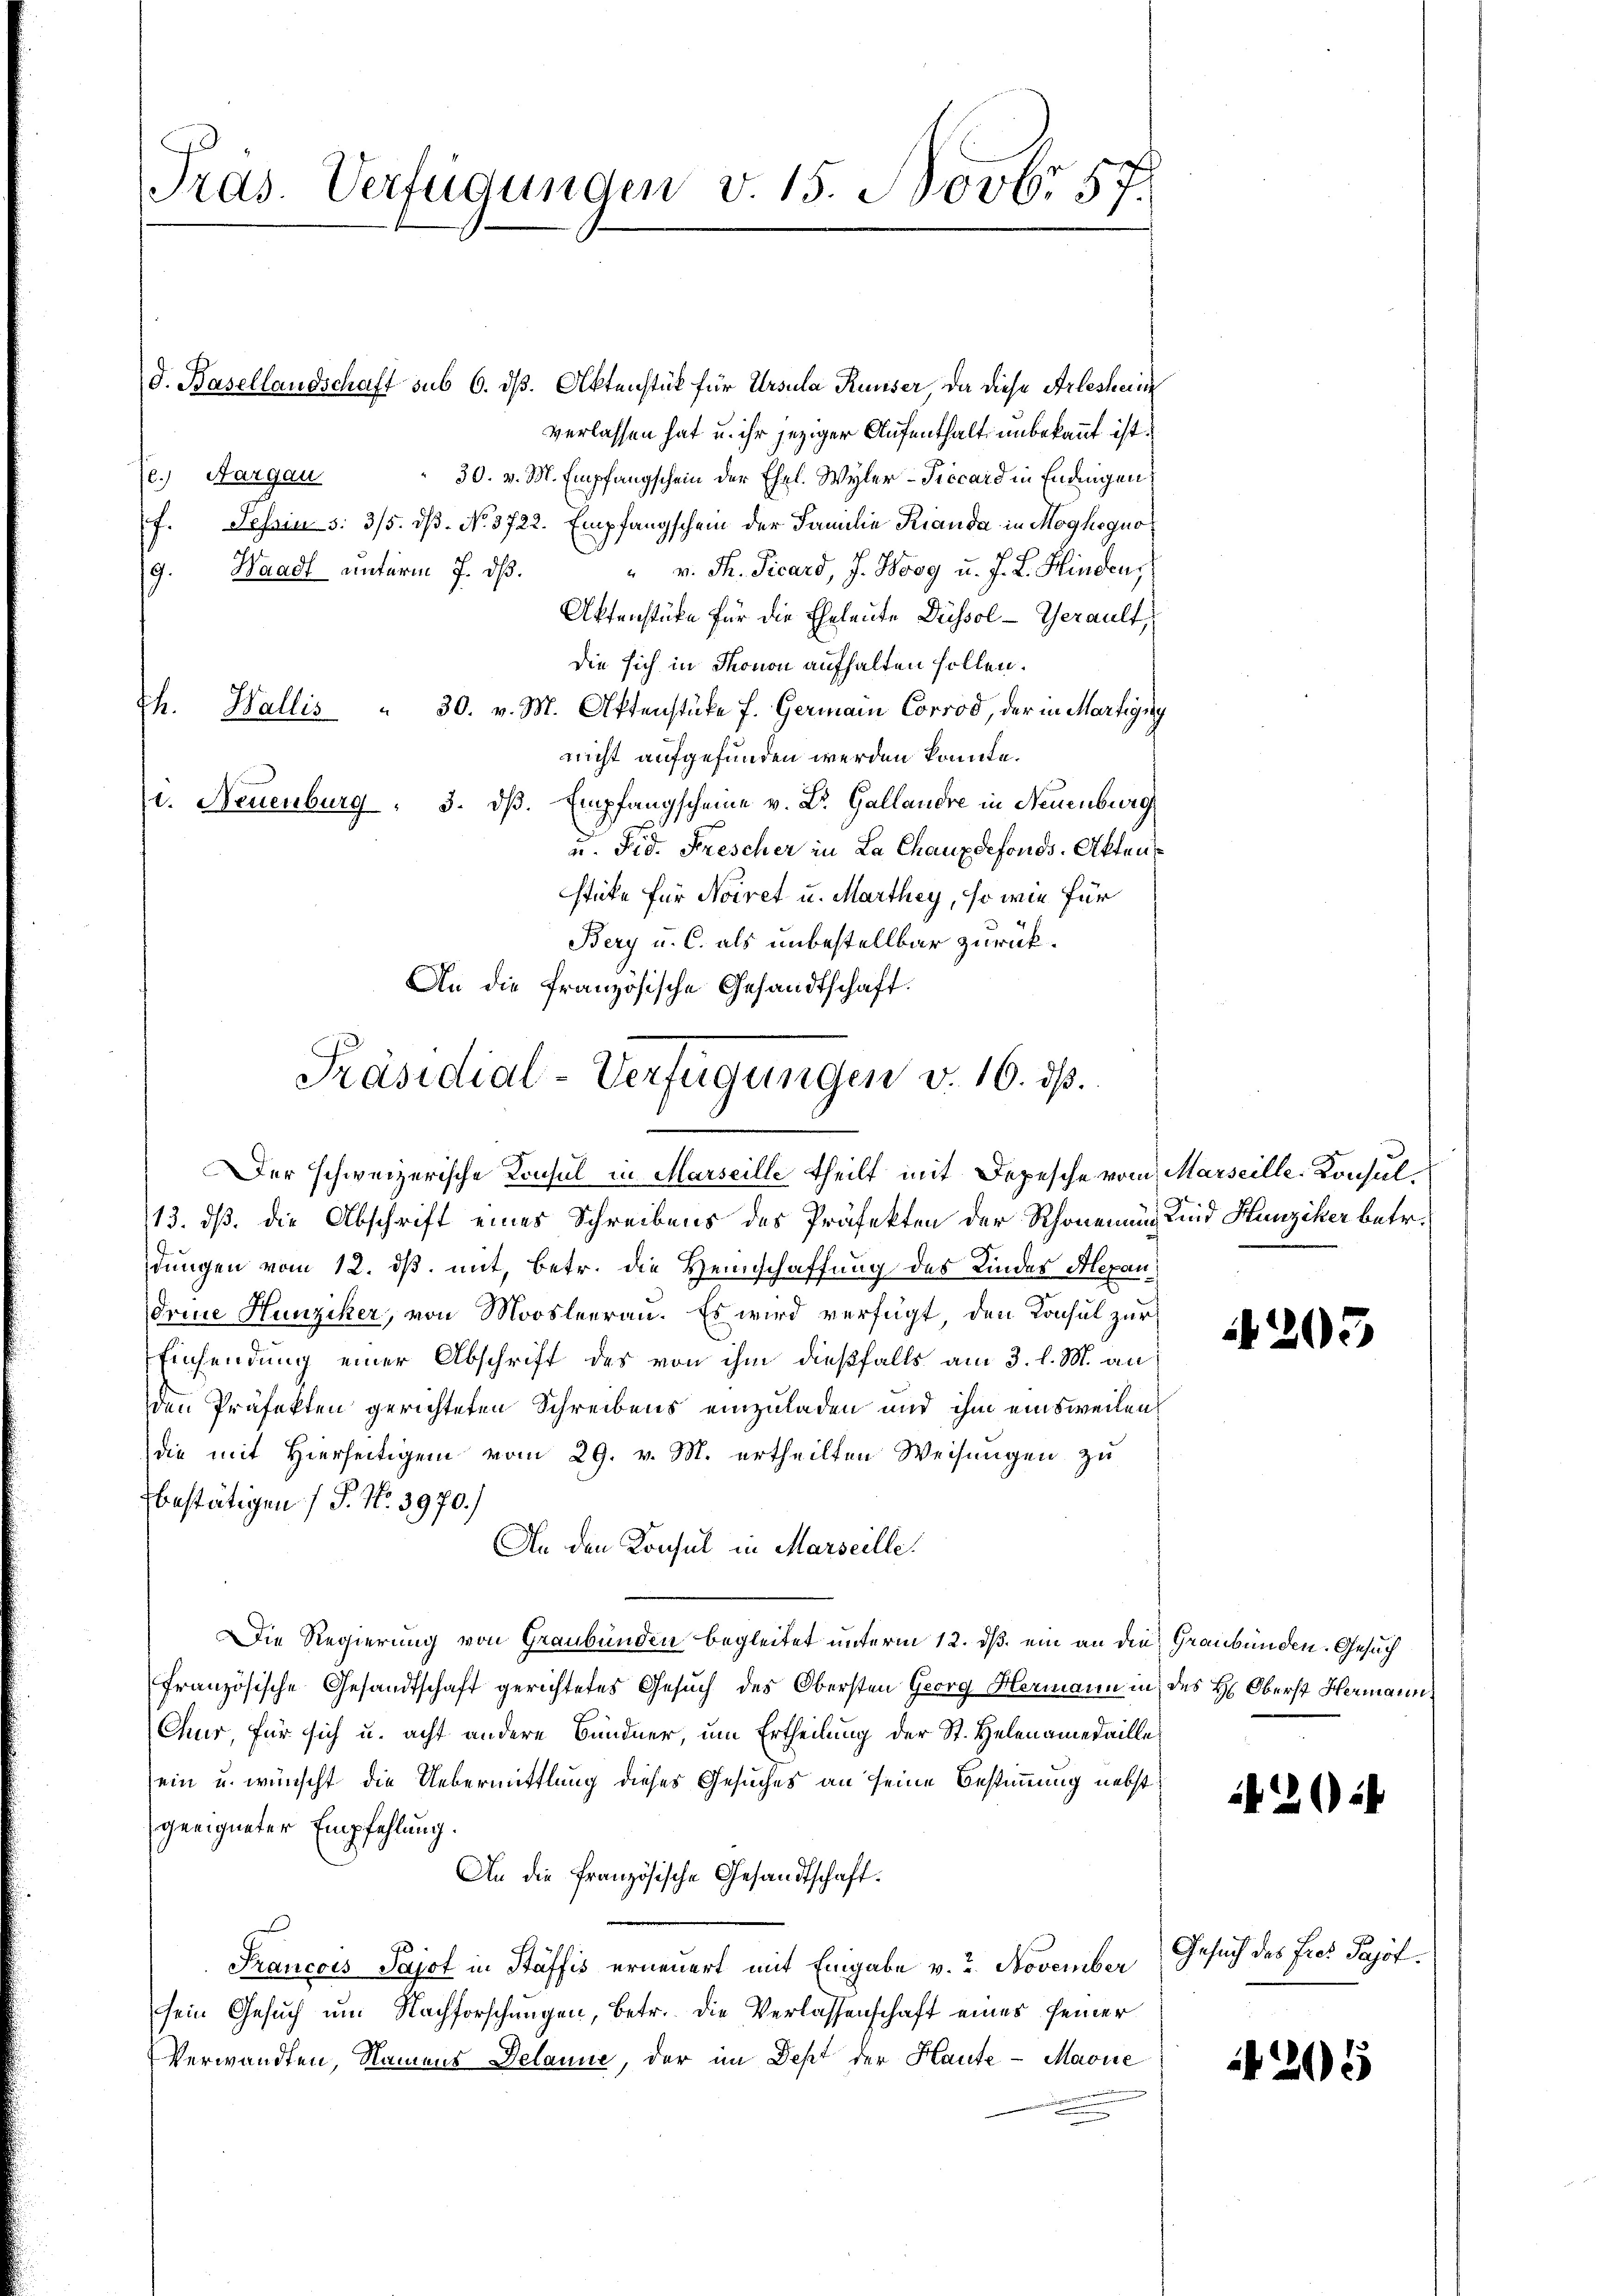
Pras. Verfügungen v. 15. Novbr 57.

d. Basellandschaft sub 6. ds. Aktenstück für Ursula Runser, da diese Arlesheine
verlassen hat u. ihr jeziger Aufenthalt unbekannt ist.
30. v. M. Empfangschein der Ehel. Wyler - Precard in Endingen
e.) Aargau
f. Schrins: 3/5. dß. No. 3722. Empfangschein der Familie Rianda in Moghogno
" v. M. Picard, J. Boog u. J. L. Hindens
g. Waadt unterm 7. dβ.
Aktenstüke für die Eheleute Dissol- Gerault,
die sich in Monon aufhalten sollen.
th. Wallis " 30. v. M. Aktenstüke f. Germain Corrod, der in Martigny
nicht aufgefunden werden könnte.
. Neuenburg " 3. dβ. Empfangscheine v. Dr. Gallandre in Neuenburg
u. Fid. Frescher in La Chauxdefonds. Aktenstüke für Noiret u. Marthey, so wie für
Bery u. C. als unbestellbar zurück
An die französische Gesandtschaft.
13. dß. die Abschrift eines Schreibens des Präfekten der Rhonennung Kind Hunziker betr.
dungen vom 12. ds. mit, betr. die Heimschaffung des Kindes Alexandrine Hunziker, von Moosleerau. Es wird verfügt, den Konsul zur
Einsendung einer Abschrift des von ihm dießfalls am 3. l. M. an
den Präfekten gerichteten Schreibens einzuladen und ihm einsweilen,
die mit Hierseitigem vom 29. v. M. ertheilten Weisungen zu
bestätigen ( P. Nr. 3970.)
An den Konsul in Marseille.
Die Regierung von Graubünden begleitet unterm 12. dß ein an die Graubünden. Gesuch
französische Gesandtschaft gerichtetes Gesuch des Obersten Georg Hermann in des H: Oberst Hermann
Chur, für sich u. acht andere Bündner, um Ertheilung der St. Helenamedaille
sein u. wünscht die Uebermittlung dieses Gesuches an seine Bestimmung nebst
geeigneter Empfehlung.
An die Französische Gesandtschaft¬
Francois Pajot in Stäffis erneuert mit Eingabe v. 2. November
sein Gesuch um Nachforschungen, betr. die Verlassenschaft eines seiner
Verwandten, Namens Delanne, der im Sept der Haute - Marie

Präsidial-Verfügungen v. 16. ds.
Der schweizerische Konsul in Marseille theilt mit Depesche vom Marseille-Konsul¬

203

22

Gesuch das Fres Pajot.

1205